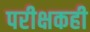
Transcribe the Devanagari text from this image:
परीक्षकही